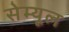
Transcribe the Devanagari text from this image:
सेम्यूल